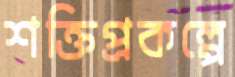
শক্তিপ্রকল্পে